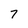
Character: 7